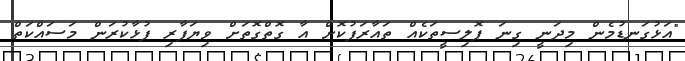
"އަޅުގަނޑުމެން މިދަނީ ގިނަ ޕޮލިސީތަކެއް ތައާރަފުކޮށް އާ ގޮތްގޮތަށް ވިޔަފާރި ފުޅާކުރަން މަސައްކަތް